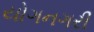
યોગનગરી